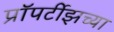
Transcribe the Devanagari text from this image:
प्रॉपर्टीझच्या